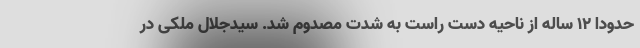
حدوداً ۱۲ ساله از ناحیه دست راست به شدت مصدوم شد. سیدجلال ملکی در